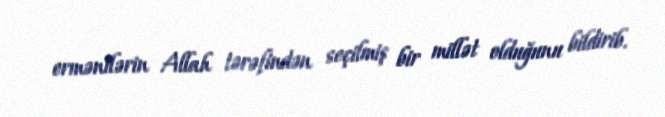
ermənilərin Allah tərəfindən seçilmiş bir millət olduğunu bildirib.